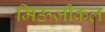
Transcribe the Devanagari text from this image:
मिऊज़ीकल